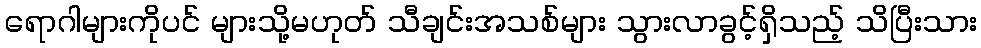
ရောဂါများကိုပင် များသို့မဟုတ် သီချင်းအသစ်များ သွားလာခွင့်ရှိသည့် သိပြီးသား